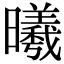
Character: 曦